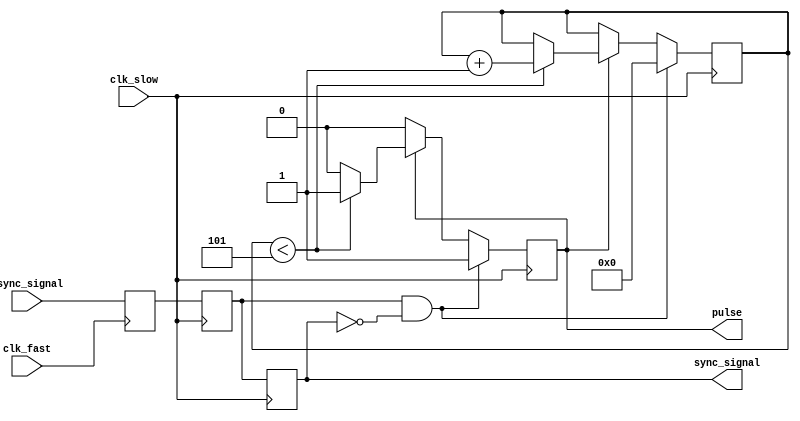
module pulsed_synchronizer (
    input wire async_signal,     // Input asynchronous signal
    input wire clk_fast,         // Fast clock domain
    input wire clk_slow,         // Slow clock domain
    output reg sync_signal,      // Synchronized output signal
    output reg pulse             // Pulse output
);

    // Internal signals for the two-stage synchronization
    reg sync_stage1;
    reg sync_stage2;

    // Parameters for pulse width
    parameter PULSE_WIDTH = 5; // Adjust as needed for pulse duration
    reg [3:0] pulse_counter;    // Counter for pulse width

    // First stage: Capture async_signal on clk_fast
    always @(posedge clk_fast) begin
        sync_stage1 <= async_signal;
    end

    // Second stage: Capture sync_stage1 on clk_slow
    always @(posedge clk_slow) begin
        sync_stage2 <= sync_stage1;
        sync_signal <= sync_stage2;

        // Pulse generation logic
        if (sync_stage2 && !sync_signal) begin
            pulse <= 1'b1; // Start pulse
            pulse_counter <= 0; // Reset counter
        end else if (pulse) begin
            if (pulse_counter < PULSE_WIDTH) begin
                pulse_counter <= pulse_counter + 1;
            end else begin
                pulse <= 1'b0; // End pulse
            end
        end
    end

    // Initialize outputs
    initial begin
        sync_signal = 1'b0;
        pulse = 1'b0;
        pulse_counter = 0;
    end

endmodule